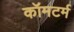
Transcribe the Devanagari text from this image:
कॉमटर्म